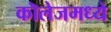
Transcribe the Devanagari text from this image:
कॊलेजमध्ये